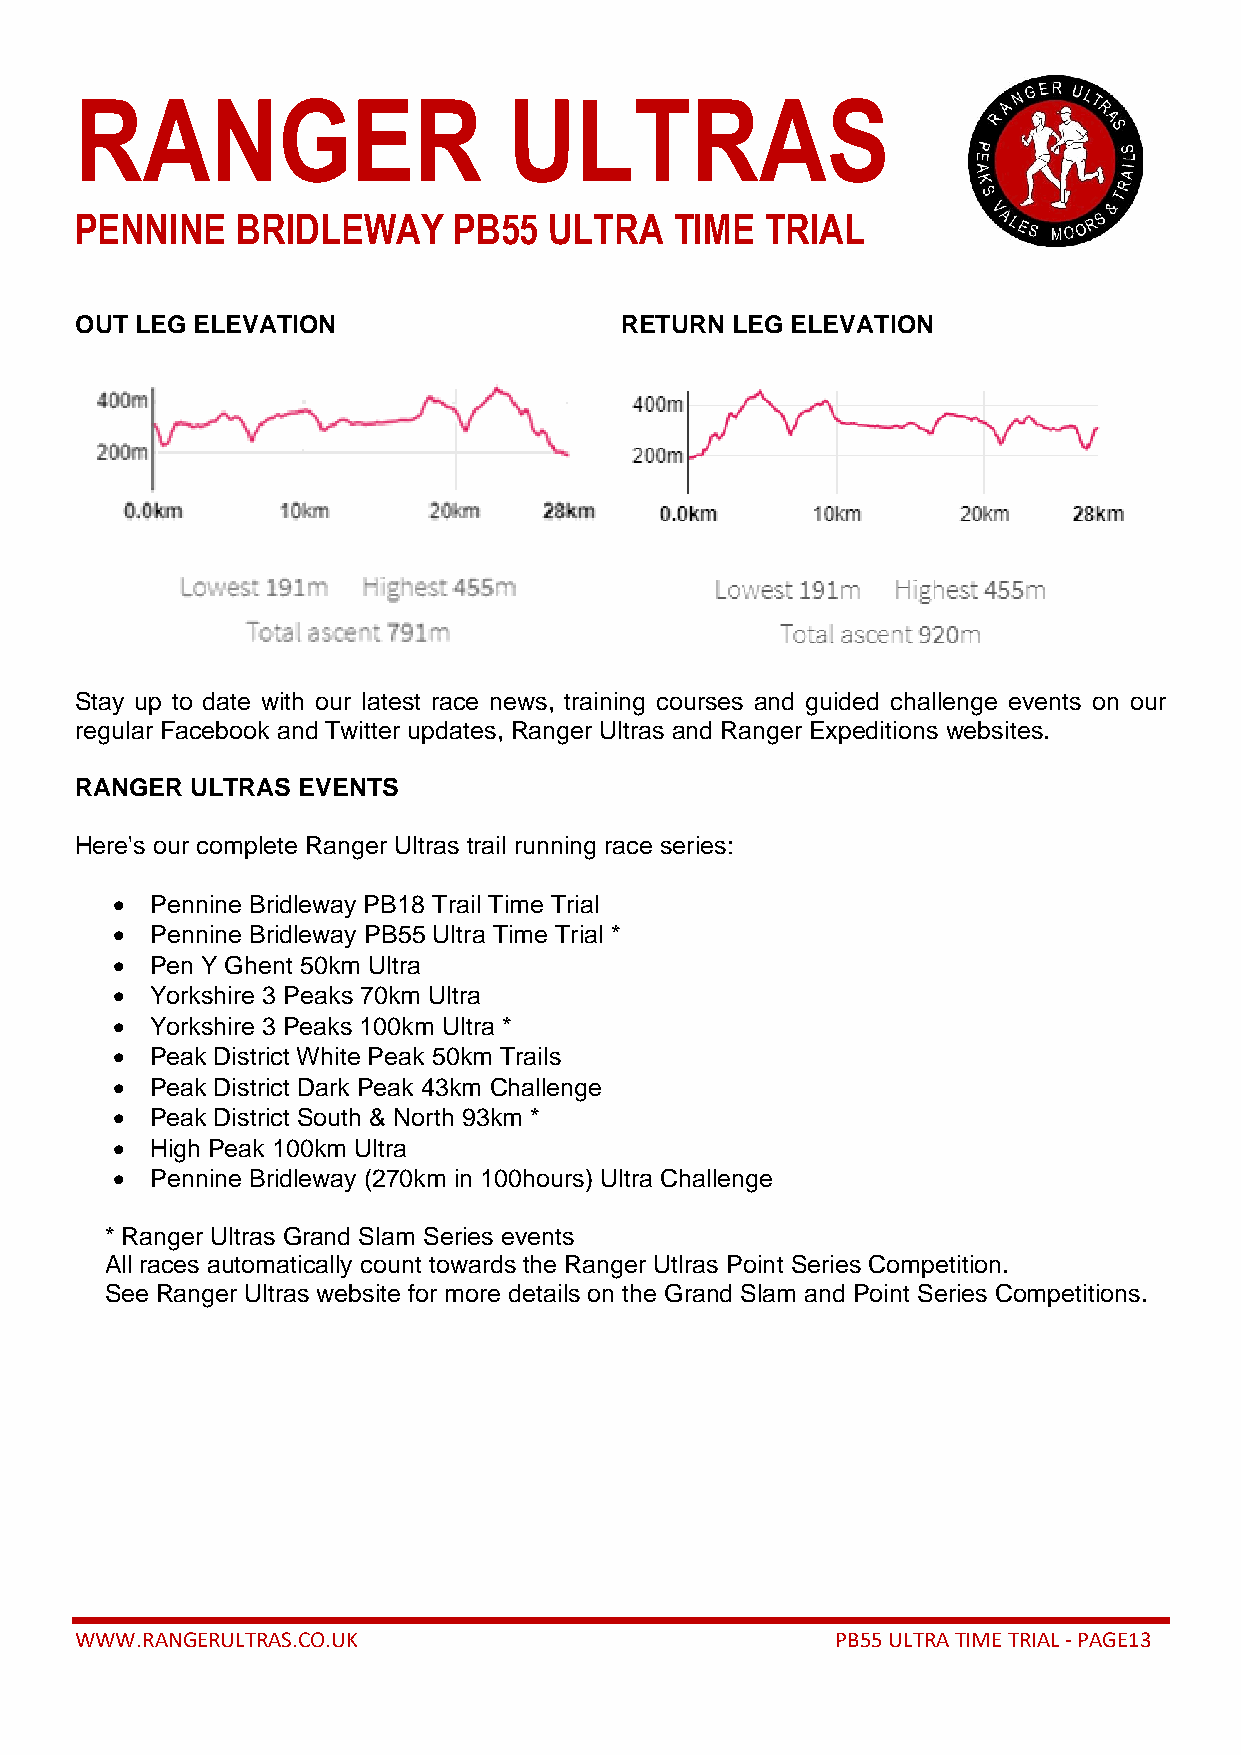
RANGER                       ULTRAS
 PENNINE    BRIDLEWAY     PB55  ULTRA    TIME  TRIAL
 OUT LEG ELEVATION                   RETURN LEG ELEVATION
 Stay up to date with our latest race news, training courses and guided challenge events on our
 regular Facebook and Twitter updates, Ranger Ultras and Ranger Expeditions websites.
 RANGER  ULTRAS EVENTS
 Here's our complete Ranger Ultras trail running race series:
 •  Pennine Bridleway PB18 Trail Time Trial
 •  Pennine Bridleway PB55 Ultra Time Trial *
 •  Pen Y Ghent 50km Ultra
 •  Yorkshire 3 Peaks 70km Ultra
 •  Yorkshire 3 Peaks 100km Ultra *
 •  Peak District White Peak 50km Trails
 •  Peak District Dark Peak 43km Challenge
 •  Peak District South & North 93km *
 •  High Peak 100km Ultra
 •  Pennine Bridleway (270km in 100hours) Ultra Challenge
 * Ranger Ultras Grand Slam Series events
 All races automatically count towards the Ranger Utlras Point Series Competition.
 See Ranger Ultras website for more details on the Grand Slam and Point Series Competitions.
 WWW.RANGERULTRAS.CO.UK                            PB55 ULTRA TIME TRIAL - PAGE13